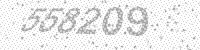
Solution: 558209